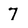
Character: 7